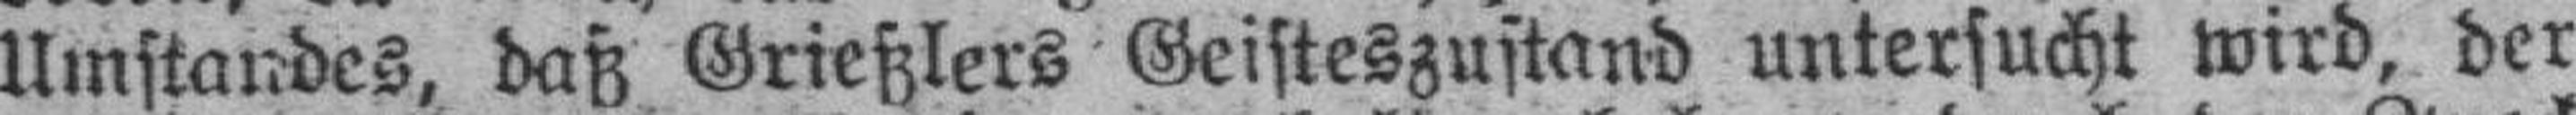
Umstandes, daß Grießlers Geisteszustand untersucht wird, der